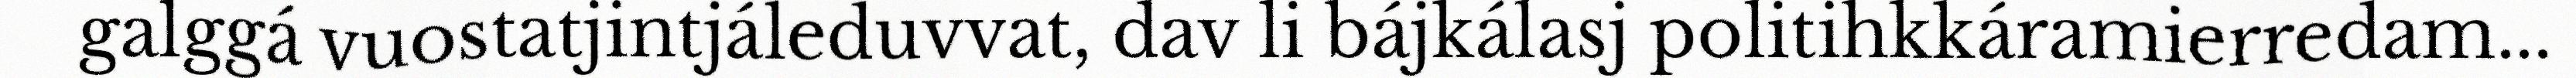
galggá vuostatjintjáleduvvat, dav li bájkálasj politihkkáramierredam...